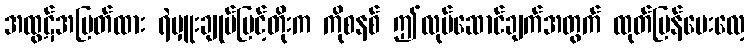
အထွဋ်အမြတ်ထား ရဲမှူးချုပ်မြင့်တိုးက ကိုစနစ် ဤလုပ်ဆောင်ချက်အတွက် ထုတ်ပြန်ပေးလေ့